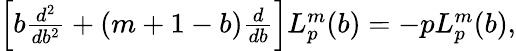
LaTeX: \begin{array}{r}{\left[b\frac{d^{2}}{db^{2}}+(m+1-b)\frac{d}{db}\right]L_{p}^{m}(b)=-pL_{p}^{m}(b),}\end{array}